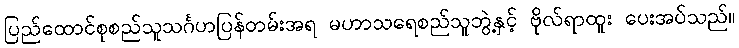
ပြည်ထောင်စုစည်သူသင်္ဂဟပြန်တမ်းအရ မဟာသရေစည်သူဘွဲ့နှင့် ဗိုလ်ရာထူး ပေးအပ်သည်။